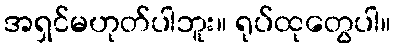
အရှင်မဟုတ်ပါဘူး။ ရုပ်ထုတွေပါ။